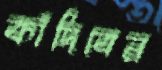
কাঁদিবেন